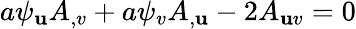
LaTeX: a\psi_{\mathbf{u}}A_{,v}+a\psi_{v}A_{,\mathbf{u}}-2A_{\mathbf{u}v}=0